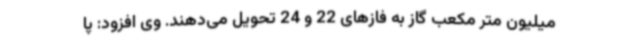
میلیون متر مکعب گاز به فازهای 22 و 24 تحویل می‌دهند. وی افزود: پا